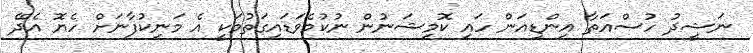
ނަޝީދު ހުސްއަތާ އިންޑިއަން ހައި ކޮމިޝަނުން ނުކުމެވަޑައިގަތުމަކީ އެ މަނިކުފާނަށް ހެޔޮ އެދޭ